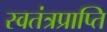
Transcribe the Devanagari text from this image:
स्वतंत्रप्राप्ति